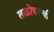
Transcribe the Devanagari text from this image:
तळोद्याची